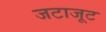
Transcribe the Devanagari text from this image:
जटाजूट